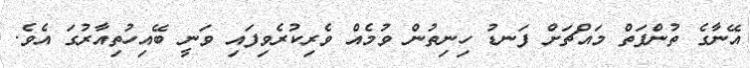
އޭނާގެ ތުންފަތް މައްޗަށް ފަނޑު ހިނިތުން ވުމެއް ވެރިކުރެވިފައި ވަނީ ބޭއިހުތިއާރުގަ އެވެ.